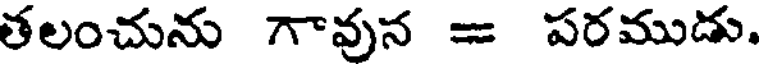
తలంచును గావున = పరముడు.